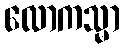
လောကသ္မာ